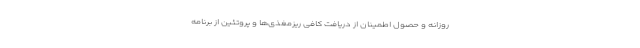
روزانه و حصول اطمینان از دریافت کافی ریزمغذی‌ها و پروتئین از برنامه